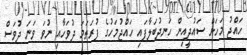
ހައްޖު މަހަށް ސައުދީއިން ހަނދުބަލާފައި ހައްޖުމަހުގެ ފުރަތަމަ ދުވަހާއި ނުވަ ވަނަ ދުވަސް